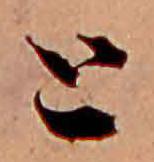
と